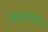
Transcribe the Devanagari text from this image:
मंदाराचलावरील